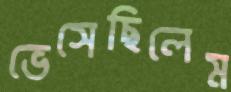
ভেসেছিলেম